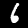
Digit: 6